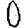
Digit: 0